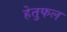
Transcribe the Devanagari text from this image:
हेतुफल